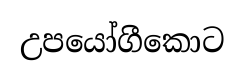
උපයෝගීකොට